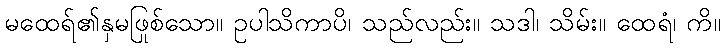
မထေရ်၏နှမဖြစ်သော။ ဥပါသိကာပိ၊ သည်လည်း။ သဒါ၊ သိမ်း။ ထေရံ၊ ကို။